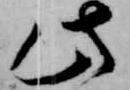
此